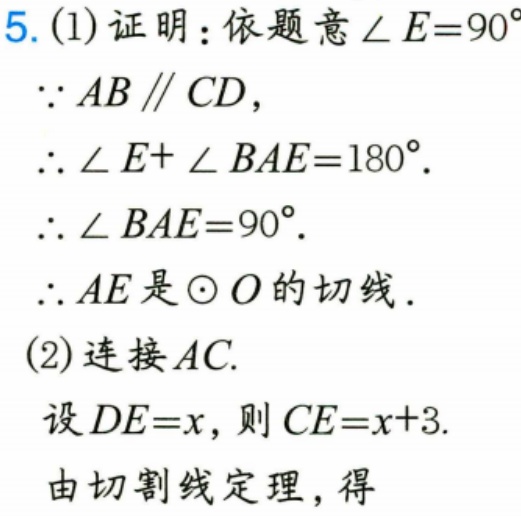
5. (1) 证明：依题意\(\angle E = 90^{\circ}\)
\(\because AB\parallel CD\)，
\(\therefore \angle E+\angle BAE = 180^{\circ}\).
\(\therefore \angle BAE = 90^{\circ}\).
\(\therefore AE\)是\(\odot O\)的切线.
(2) 连接\(AC\).
设\(DE = x\)，则\(CE = x + 3\).
由切割线定理，得